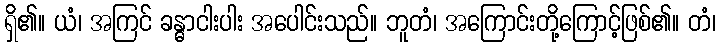
ရှိ၏။ ယံ၊ အကြင် ခန္ဓာငါးပါး အပေါင်းသည်။ ဘူတံ၊ အကြောင်းတို့ကြောင့်ဖြစ်၏။ တံ၊